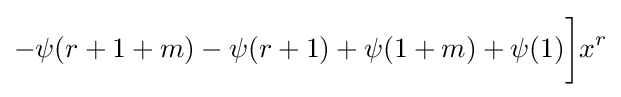
-\psi (r+1+m)-\psi (r+1)+\psi (1+m)+\psi (1){{\bigg ]}x^{r}}